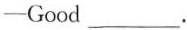
——Good___.